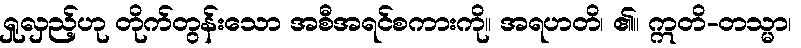
ရှုလှည့်ဟု တိုက်တွန်းသော အစီအရင်စကားကို။ အရဟတိ၊ ၏။ ဣတိ-တသ္မာ၊